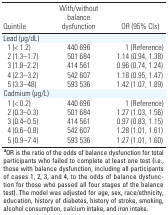
<table><thead><tr><td><b>Quintile</b></td><td><b>With/without balance dysfunction</b></td><td><b>OR (95% CIs)</b></td></tr></thead><tbody><tr><td>Lead (μg/dL)</td><td></td><td></td><td></td><td></td></tr><tr><td>1 (&lt; 1.2)</td><td></td><td>440 696</td><td></td><td>1 (Reference)</td></tr><tr><td>2 (1.3–1.7)</td><td></td><td>501 684</td><td></td><td>1.14 (0.94, 1.38)</td></tr><tr><td>3 (1.8–2.2)</td><td></td><td>414 561</td><td></td><td>0.96 (0.74, 1.24)</td></tr><tr><td>4 (2.3–3.2)</td><td></td><td>542 607</td><td></td><td>1.18 (0.95, 1.47)</td></tr><tr><td>5 (3.3–48)</td><td></td><td>593 536</td><td></td><td>1.42 (1.07, 1.89)</td></tr><tr><td colspan="2">Cadmium (μg/L)</td><td></td><td></td><td></td></tr><tr><td>1 (&lt; 0.2)</td><td></td><td>440 696</td><td></td><td>1 (Reference)</td></tr><tr><td>2 (0.3–0.3)</td><td></td><td>501 684</td><td></td><td>1.27 (1.03, 1.56)</td></tr><tr><td>3 (0.4–0.5)</td><td></td><td>414 561</td><td></td><td>0.97 (0.83, 1.15)</td></tr><tr><td>4 (0.6–0.8)</td><td></td><td>542 607</td><td></td><td>1.28 (1.01, 1.61)</td></tr><tr><td>5 (0.9–7.4)</td><td></td><td>593 536</td><td></td><td>1.27 (1.01, 1.60)</td></tr><tr><td colspan="5"><b>a</b>OR is the ratio of the odds of balance dysfunctionfor total participants who failed to complete at least one test (i.e.,those with balance dysfunction, including all participants of cases 1,2, 3, and 4, to the odds of balance dysfunction for those who passed allfour stages of the balance test). The model was adjusted for age, sex,race/ethnicity, education, history of diabetes, history of stroke,smoking, alcohol consumption, calcium intake, and iron intake.</td></tr></tbody></table>